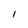
Character: l